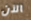
الآن